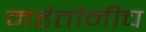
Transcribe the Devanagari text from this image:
महंतांनीच